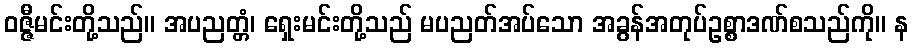
ဝဇ္ဇီမင်းတို့သည်။ အပညတ္တံ၊ ရှေးမင်းတို့သည် မပညတ်အပ်သော အခွန်အတုပ်ဥစ္စာဒဏ်စသည်ကို။ န